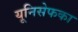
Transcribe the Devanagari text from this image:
यूनिसेफका